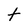
Character: t